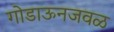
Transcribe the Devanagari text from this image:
गोडाऊनजवळ